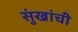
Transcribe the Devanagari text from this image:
सुंखांची